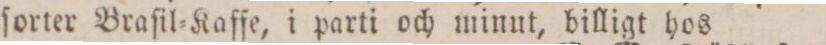
ſorter Braſil=Kaffe, i parti och minut, billigt hos